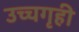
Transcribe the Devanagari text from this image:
उच्चगृही